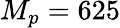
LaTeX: M_{p}=625